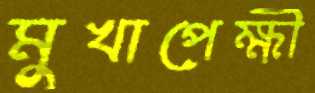
মুখাপেক্ষী